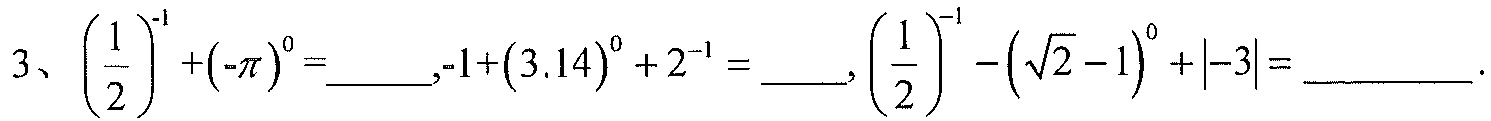
3、$\left(\dfrac{1}{2}\right)^{-1}+(-\pi)^{0}=\_\_\_,-1+(3.14)^{0}+2^{-1}=\_\_\_,\left(\dfrac{1}{2}\right)^{-1}-\left(\sqrt{2}-1\right)^{0}+\vert -3\vert=\_\_\_\_\_$.